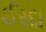
ઈરદા